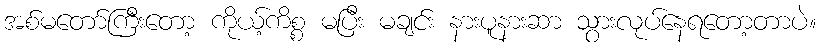
အစ်မတော်ကြီးတော့ ကိုယ့်ကိစ္စ မပြီး မချင်း နားပူနားဆာ သွားလုပ်နေရတော့တာပဲ။